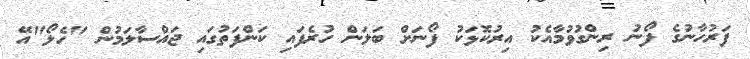
ފަރުހާނުގެ ފޯނު ރިންގުވުމާއެކު އިރުކޮޅަކު ފޯނަށް ބަލަން ހުރެފައި ކަންފަތުގައި ޖައްސާލަމުން "ހެލޯ"އޭ